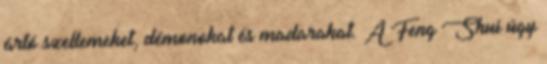
ártó szellemeket, démonokat és madarakat. A Feng Shui úgy